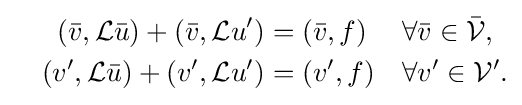
{\begin{aligned}&&({\bar {v}},{\mathcal {L}}{\bar {u}})+({\bar {v}},{\mathcal {L}}u')&=({\bar {v}},f)&&\forall {\bar {v}}\in {\bar {\mathcal {V}}},\\&&(v',{\mathcal {L}}{\bar {u}})+(v',{\mathcal {L}}u')&=(v',f)&&\forall v'\in {\mathcal {V}}'.\\\end{aligned}}